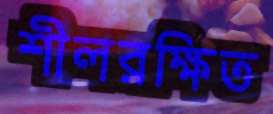
শীলরক্ষিত